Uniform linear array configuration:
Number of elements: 12
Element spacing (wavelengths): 1
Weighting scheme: exponential
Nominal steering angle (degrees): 45
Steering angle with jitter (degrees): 44.898
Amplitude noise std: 0.05
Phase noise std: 0.05

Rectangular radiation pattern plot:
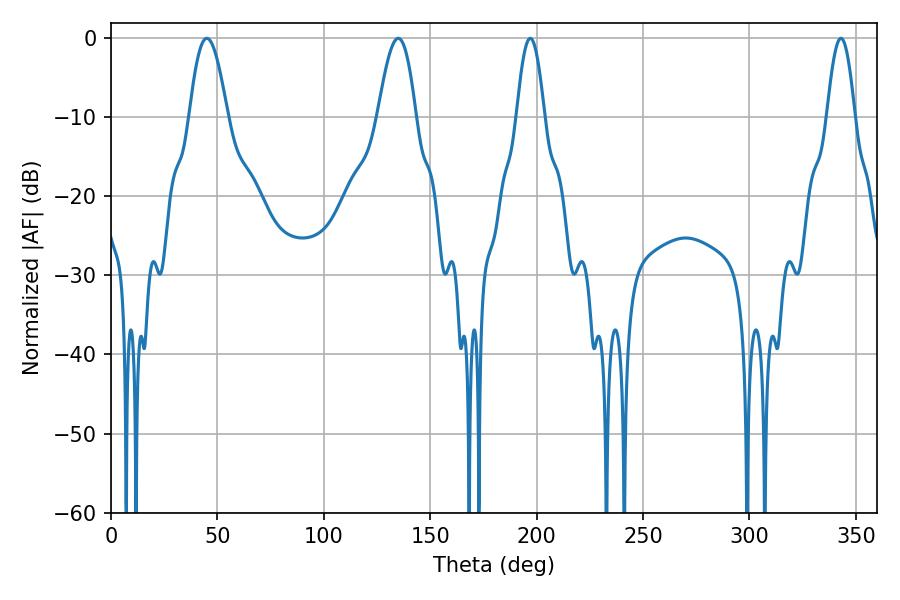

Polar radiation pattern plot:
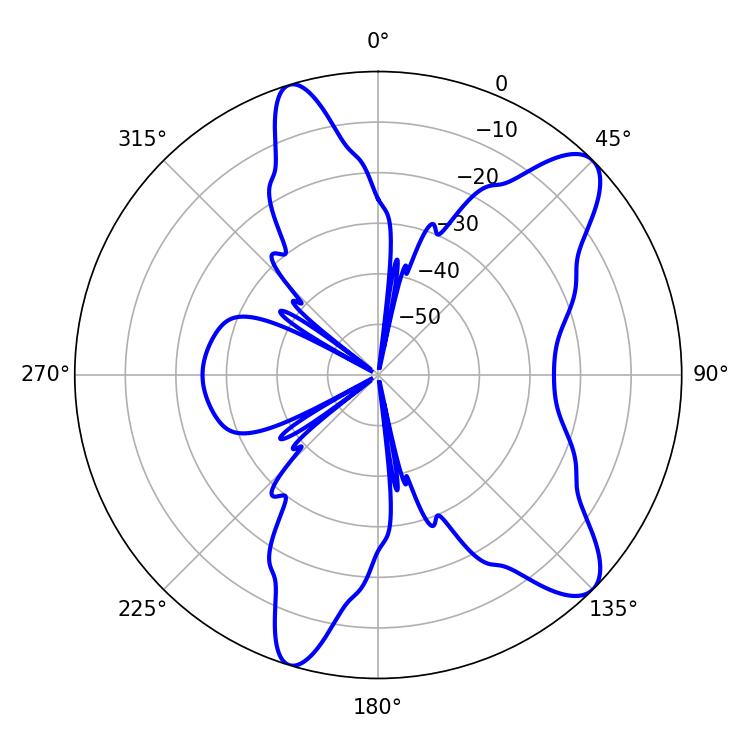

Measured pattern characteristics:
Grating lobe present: TRUE
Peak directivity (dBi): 10.107
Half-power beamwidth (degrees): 9.54
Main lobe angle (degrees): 45